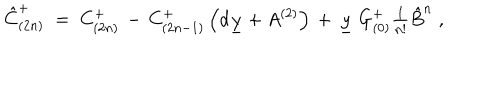
LaTeX: \hat { C } _ { ( 2 n ) } ^ { + } \; = \; C _ { ( 2 n ) } ^ { + } \, - \, C _ { ( 2 n - 1 ) } ^ { + } \left( d \underline { { { y } } } + A ^ { ( 2 ) } \right) \, + \, \underline { { { y } } } \ G _ { ( 0 ) } ^ { + } \textstyle { \frac { 1 } { n ! } } \hat { B } ^ { n } \; ,